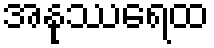
အနုဿရေထ